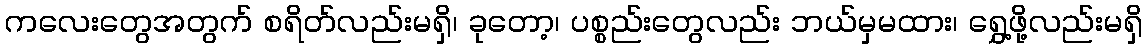
ကလေးတွေအတွက် စရိတ်လည်းမရှိ၊ ခုတော့၊ ပစ္စည်းတွေလည်း ဘယ်မှမထား၊ ရွှေ့ဖို့လည်းမရှိ